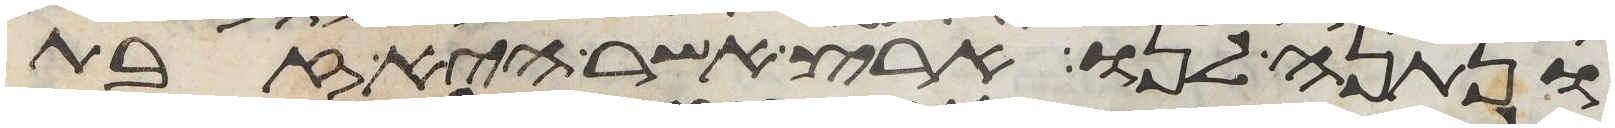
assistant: ונתנה לנו ארץ אשר היא זבת